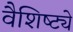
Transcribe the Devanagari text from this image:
वैशिष्‍ट्ये